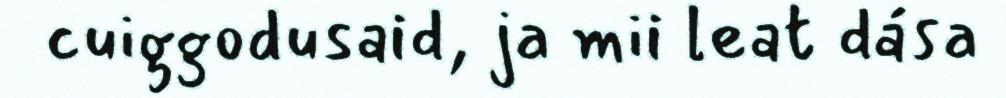
cuiggodusaid, ja mii leat dása